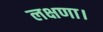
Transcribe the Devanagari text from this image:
लक्षणा।